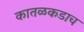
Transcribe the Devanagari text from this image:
कातळकडाच